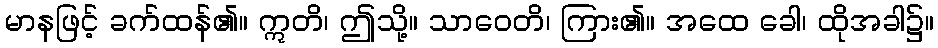
မာနဖြင့် ခက်ထန်၏။ ဣတိ၊ ဤသို့။ သာဝေတိ၊ ကြား၏။ အထေ ခေါ၊ ထိုအခါ၌။